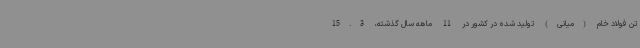
تن فولاد خام (میانی) تولید شده در کشور در 11 ماهه سال گذشته، 15.3